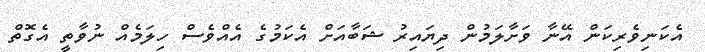
އެކަނިވެރިކަން އޭނާ ވަށާލަމުން ދިޔައިރު ޝަބާއަށް އެކަމުގެ އެއްވެސް ހިލަމެއް ނުވާތީ އެގޮތް